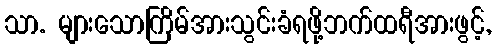
သာ. များသောကြိမ်အားသွင်းခံရဖို့ဘက်ထရီအားဖွင့်,